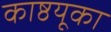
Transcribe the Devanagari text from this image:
काष्ठयूका